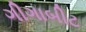
ગીગાબીટ